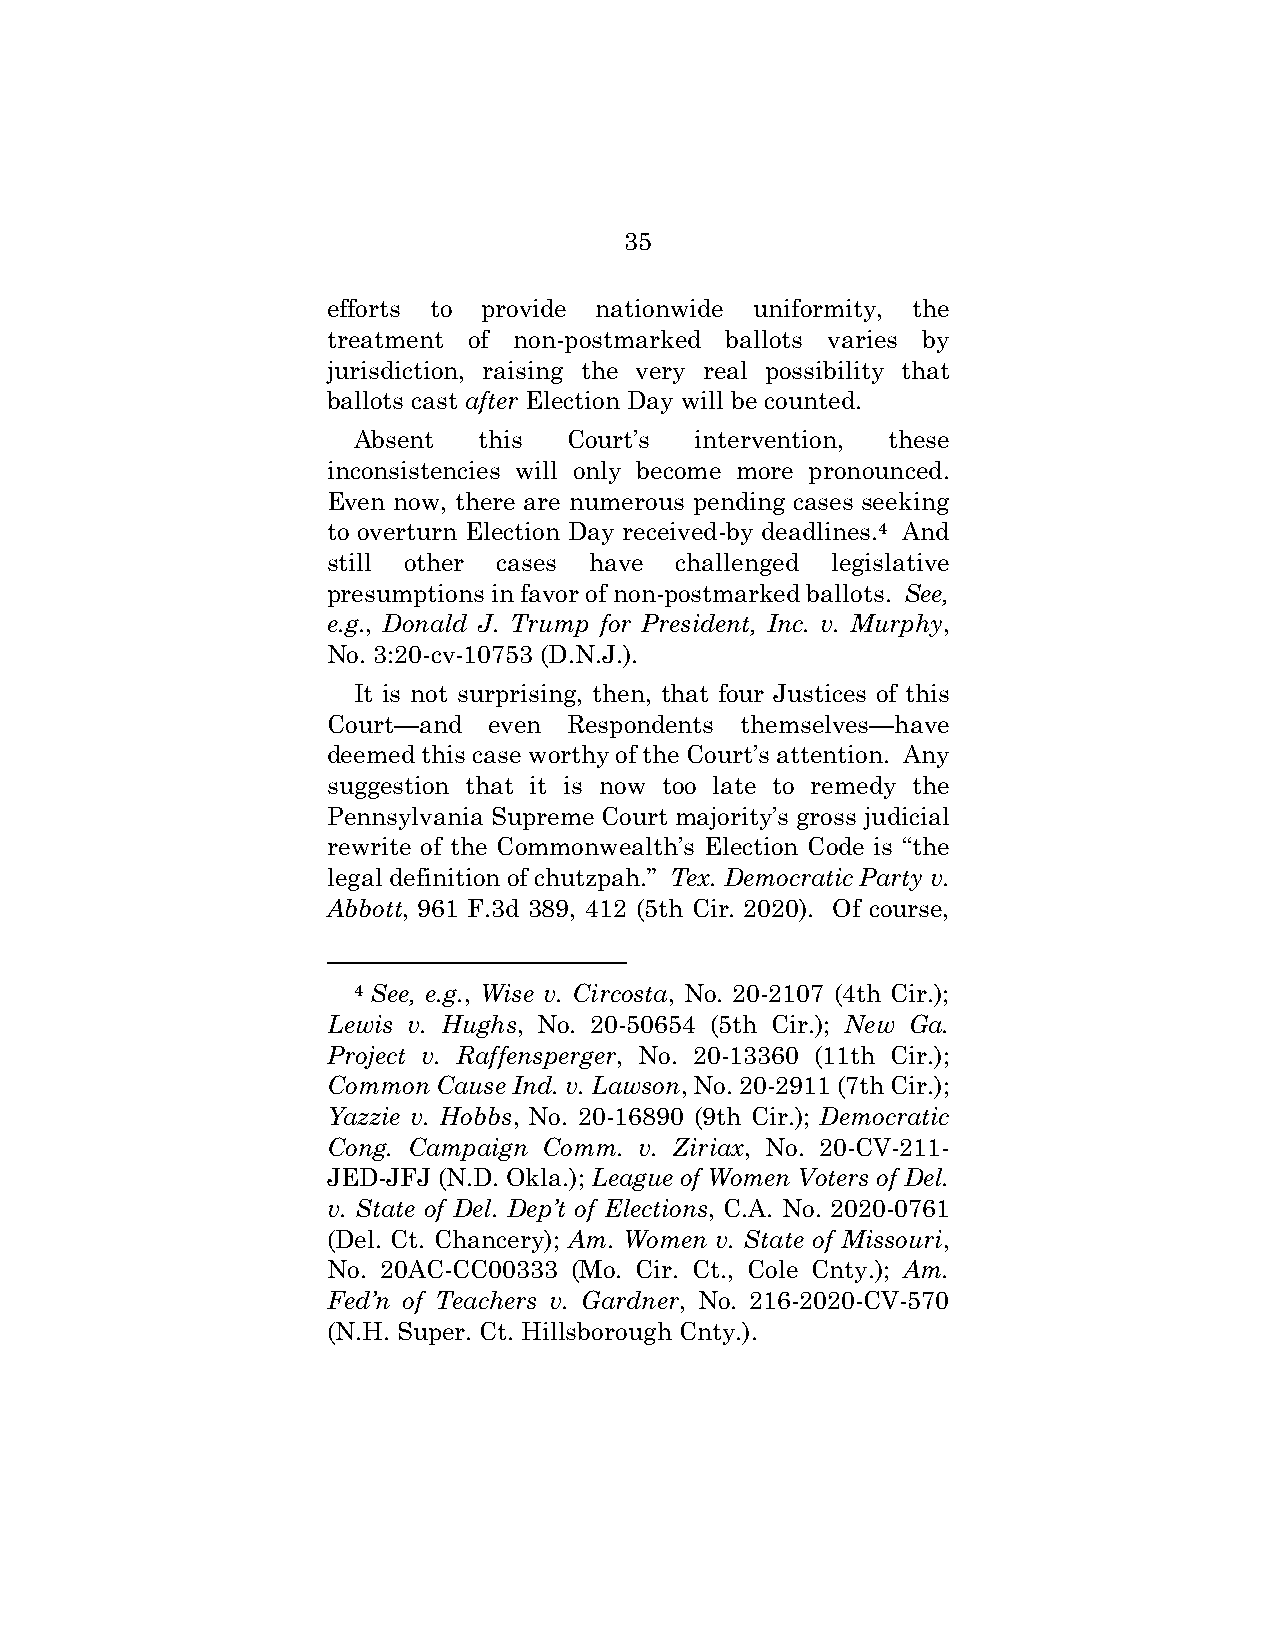
35
 efforts to provide nationwide uniformity, the
 treatment of non-postmarked ballots varies by
 jurisdiction, raising the very real possibility that
 ballots cast after Election Day will be counted.
 Absent   this  Court’s intervention, these
 inconsistencies will only become more pronounced.
 Even now, there are numerous pending cases seeking
 to overturn Election Day received-by deadlines.4 And
 still other cases have challenged legislative
 presumptions in favor of non-postmarked ballots. See,
 e.g., Donald J. Trump for President, Inc. v. Murphy,
 No. 3:20-cv-10753 (D.N.J.).
 It is not surprising, then, that four Justices of this
 Court—and even  Respondents themselves—have
 deemed this case worthy of the Court’s attention. Any
 suggestion that it is now too late to remedy the
 Pennsylvania Supreme Court majority’s gross judicial
 rewrite of the Commonwealth’s Election Code is “the
 legal definition of chutzpah.” Tex. Democratic Party v.
 Abbott, 961 F.3d 389, 412 (5th Cir. 2020). Of course,
 4 See, e.g., Wise v. Circosta, No. 20-2107 (4th Cir.);
 Lewis v. Hughs, No. 20-50654 (5th Cir.); New Ga.
 Project v. Raffensperger, No. 20-13360 (11th Cir.);
 Common Cause Ind. v. Lawson, No. 20-2911 (7th Cir.);
 Yazzie v. Hobbs, No. 20-16890 (9th Cir.); Democratic
 Cong. Campaign Comm. v. Ziriax, No. 20-CV-211-
 JED-JFJ (N.D. Okla.); League of Women Voters of Del.
 v. State of Del. Dep’t of Elections, C.A. No. 2020-0761
 (Del. Ct. Chancery); Am. Women v. State of Missouri,
 No. 20AC-CC00333 (Mo. Cir. Ct., Cole Cnty.); Am.
 Fed’n of Teachers v. Gardner, No. 216-2020-CV-570
 (N.H. Super. Ct. Hillsborough Cnty.).